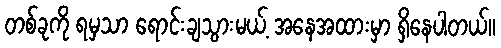
တစ်ခုကို ရမှသာ ရောင်းချသွားမယ့် အနေအထားမှာ ရှိနေပါတယ်။